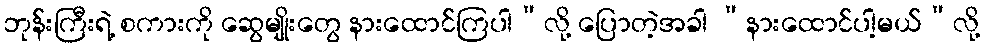
ဘုန်းကြီးရဲ့ စကားကို ဆွေမျိုးတွေ နားထောင်ကြပါ”လို့ ပြောတဲ့အခါ “နားထောင်ပါ့မယ်”လို့